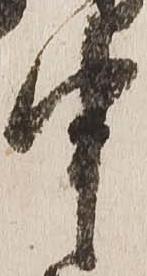
申